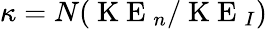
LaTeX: \kappa=N(\mathrm{~K~E~}_{n}/\mathrm{~K~E~}_{I})